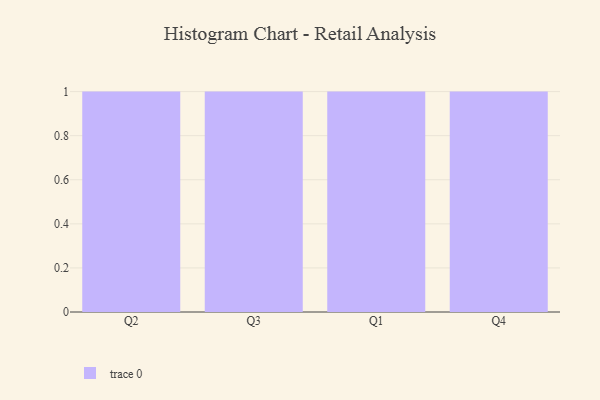
{"axis": {"x": "Quarter", "y": "Conversion Rate (%)"}, "legend": [""], "data": [{"x": "Q2", "y": 34, "type": ""}, {"x": "Q3", "y": 28, "type": ""}, {"x": "Q1", "y": 58, "type": ""}, {"x": "Q4", "y": 59, "type": ""}]}